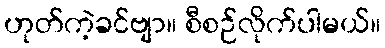
ဟုတ်ကဲ့ခင်ဗျာ။ စီစဉ်လိုက်ပါမယ်။